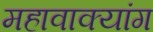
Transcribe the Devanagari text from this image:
महावाक्यांग